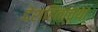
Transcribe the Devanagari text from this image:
देशहिताच्या